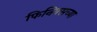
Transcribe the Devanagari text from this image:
फिनिक्सच्या